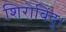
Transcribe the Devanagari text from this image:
शिरोबिंदु।